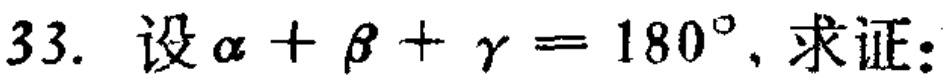
33. 设\(\alpha + \beta + \gamma = 180^{\circ}\)，求证：